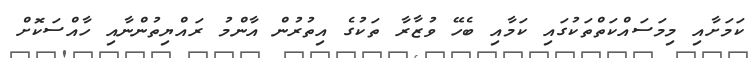
ކަމަށާއި މިމަސައްކަތްތަކުގައި ކަމާއި ބެހޭ ވުޒާރާ ތަކުގެ އިތުރުން އާންމު ރައްޔިިތުންނާއި ހާއްސަކޮށް